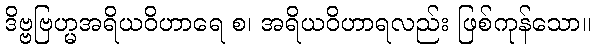
ဒိဗ္ဗဗြဟ္မအရိယဝိဟာရေ စ၊ အရိယဝိဟာရလည်း ဖြစ်ကုန်သော။